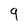
Character: 9